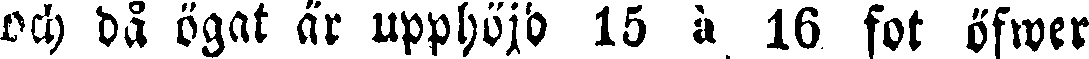
och då ögat är upphöjd 15 à 16 fot öfwer